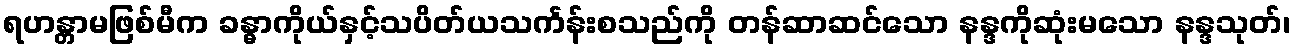
ရဟန္တာမဖြစ်မီက ခန္ဓာကိုယ်နှင့်သပိတ်ယသင်္ကန်းစသည်ကို တန်ဆာဆင်သော နန္ဒကိုဆုံးမသော နန္ဒသုတ်၊